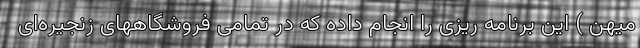
میهن ) این برنامه ریزی را انجام داده که در تمامی فروشگاههای زنجیره‌ای